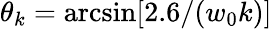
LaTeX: \theta_{k}=\arcsin[2.6/(w_{0}k)]